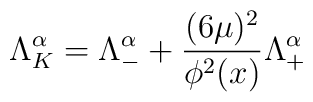
\Lambda^\alpha_K =  \Lambda^\alpha _- + {(6\mu)^2 \over \phi^2(x)}\Lambda^\alpha_+